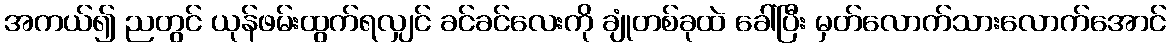
အကယ်၍ ညတွင် ယုန်ဖမ်းထွက်ရလျှင် ခင်ခင်လေးကို ချုံတစ်ခုထဲ ခေါ်ပြီး မှတ်လောက်သားလောက်အောင်